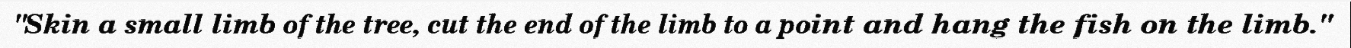
"Skin a small limb of the tree, cut the end of the limb to a point and hang the fish on the limb."